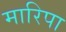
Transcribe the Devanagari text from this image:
मारिपा